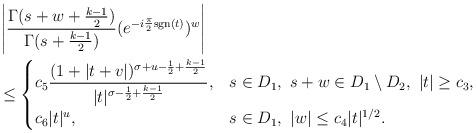
LaTeX: \begin{align*}&\left|\frac{\Gamma(s+w+\frac{k-1}{2})}{\Gamma(s+\frac{k-1}{2})}(e^{-i\frac{\pi}{2}{\rm sgn}(t)})^w\right|\\&\leq \begin{cases} c_5\dfrac{(1+|t+v|)^{\sigma+u-\frac{1}{2}+\frac{k-1}{2}}}{|t|^{\sigma-\frac{1}{2}+\frac{k-1}{2}}}, & s\in D_1, \ s+w\in D_1\setminus D_2, \ |t|\geq c_3, \\ c_6|t|^u, & s\in D_1, \ |w|\leq c_4|t|^{1/2}. \end{cases} \end{align*}